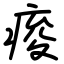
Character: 痠